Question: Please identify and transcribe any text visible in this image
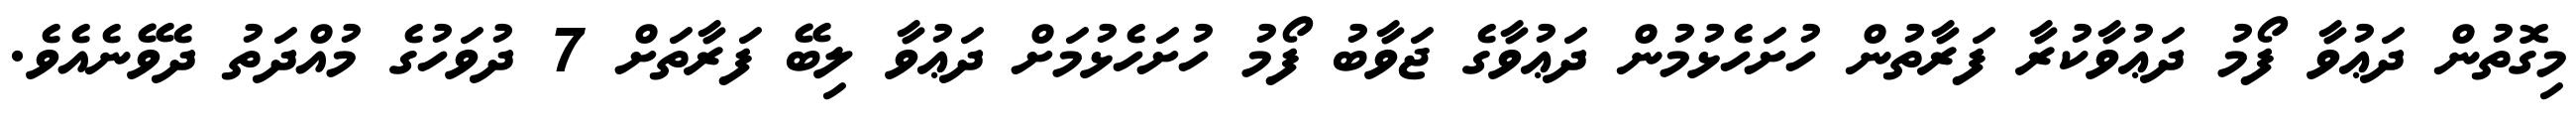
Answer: މިގޮތުން ދަޢުވާ ފޯމު ދަޢުވާކުރާ ފަރާތުން ހުށަހެޅުމުން ދަޢުވާގެ ޖަވާބު ފޯމު ހުށަހެޅުމަށް ދަޢުވާ ލިބޭ ފަރާތަށް 7 ދުވަހުގެ މުއްދަތު ދެވޭނެއެވެ.